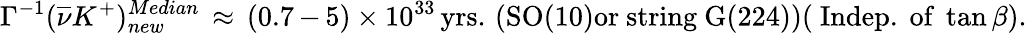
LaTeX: \Gamma^{-1}(\overline{{{\nu}}}K^{+})_{new}^{Median}\, \approx\, (0.7\, \mathrm{-}\, 5)\times 10^{33}\, \mathrm{yrs.}\, \, \mathrm{(SO(10)or~string~G(224))}(\mathrm{~Indep.~of~}\tan\beta).